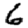
Digit: 6